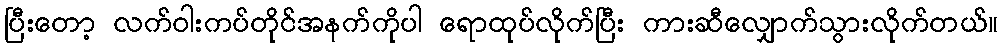
ပြီးတော့ လက်ဝါးကပ်တိုင်အနက်ကိုပါ ရောထုပ်လိုက်ပြီး ကားဆီလျှောက်သွားလိုက်တယ်။